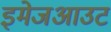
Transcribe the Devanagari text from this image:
इमेजआउट